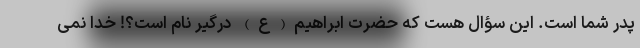
پدر شما است. این سؤال هست که حضرت ابراهیم(ع) درگیر نام است؟! خدا نمی